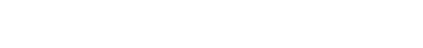
ခင်ဗျား ခြေထောက်တွေကို သုတ်ပစ်လိုက်ပါဦးဗျာ။